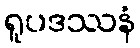
ရူပဒဿနံ